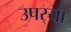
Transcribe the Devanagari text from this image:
उपर्‍या